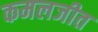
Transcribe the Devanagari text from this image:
कमलजीत